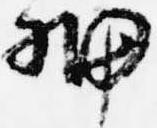
細